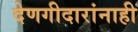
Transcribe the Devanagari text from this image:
देणगीदारांनाही